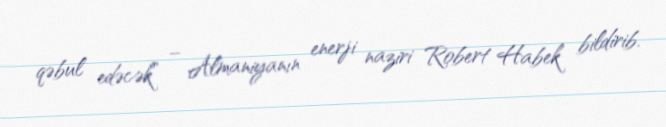
qəbul edəcək” – Almaniyanın enerji naziri Robert Habek bildirib.